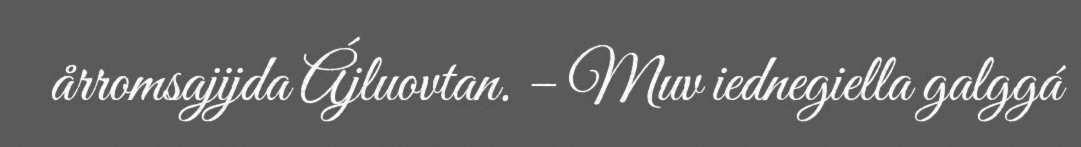
årromsajijda Ájluovtan. – Muv iednegiella galggá